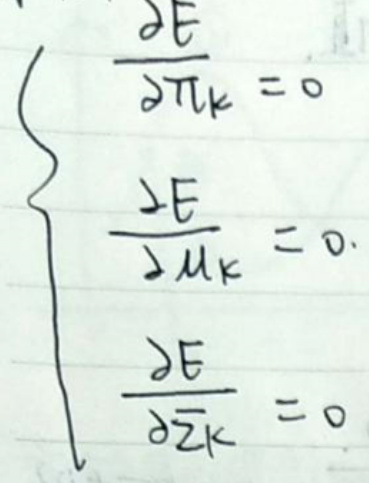
\begin{align*}
\frac{\partial E}{\partial \pi k}&=0\\
\frac{\partial E}{\partial \mu k}&=0\\
\frac{\partial E}{\partial \Sigma k}&=0
\end{align*}